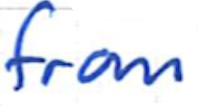
Text: from
Cross-out: clean
Writing tool: ballpoint